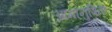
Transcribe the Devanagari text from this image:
आमानुषिक